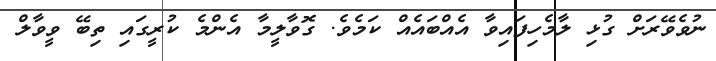
ނުވެވޭރަށް ގުޅި ލާމެހިފައިވާ އެއްބައެއް ކަމެވެ. ގޮވާލީމާ އެންމެ ކުރީގައި ތިބޭ ވީވާލް